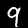
Digit: 9